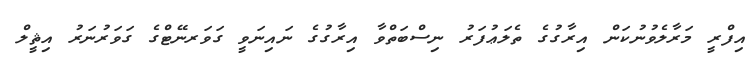
އިފްރީ މަރާލެވުނުކަން އިރާގުގެ ތެލަޢުފަރު ނިސްބަތްވާ އިރާގުގެ ނައިނަވީ ގަވަރނޭޓްގެ ގަވަރުނަރު އިޘީލް